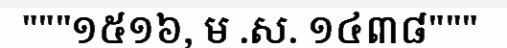
"""១៥១៦, ម .ស. ១៤៣៨"""